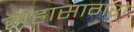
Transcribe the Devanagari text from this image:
महासागरो